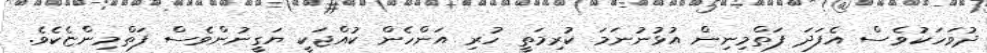
ދުވަހަކުވެސް އެފަދަ ފަތްމިނިން އުޅުނުނަމަ ކުރިމަތީ ހުރި އަންހެން ކުއްޖަކީ ޔަގީނުންވެސް ފަތްމިންޏެކެވެ.